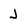
Character: J